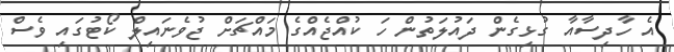
އެ ހާދިސާއާ ގުޅިގެން ދައުލަތުން ހަ ކުއްޖެއްގެ މައްޗަށް ޖުވެނައިލް ކޯޓުގައި ވެސް